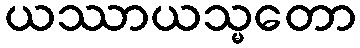
ယဿာယသ္မတော